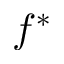
f ^ { \ast }